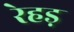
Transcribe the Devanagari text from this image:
रेहड़